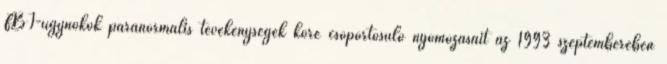
FBI-ügynökök paranormális tevékenységek köré csoportosuló nyomozásait az 1993 szeptemberében